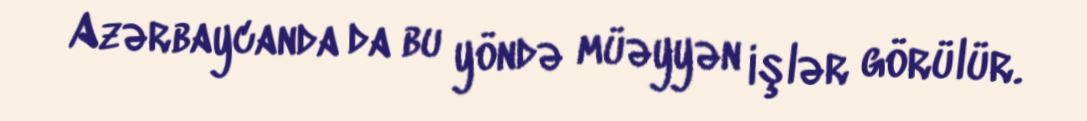
Azərbaycanda da bu yöndə müəyyən işlər görülür.